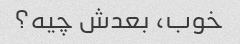
خوب، بعدش چیه؟